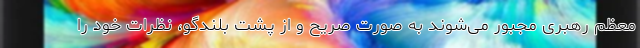
معظم رهبری مجبور می‌شوند به صورت صریح و از پشت بلندگو، نظرات خود را